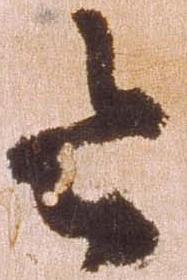
令